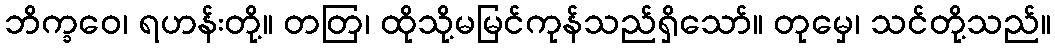
ဘိက္ခဝေ၊ ရဟန်းတို့။ တတြ၊ ထိုသို့မမြင်ကုန်သည်ရှိသော်။ တုမှေ၊ သင်တို့သည်။